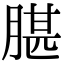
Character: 𦝧